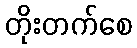
တိုးတက်စေ